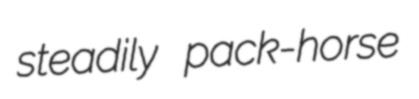
steadily pack-horse